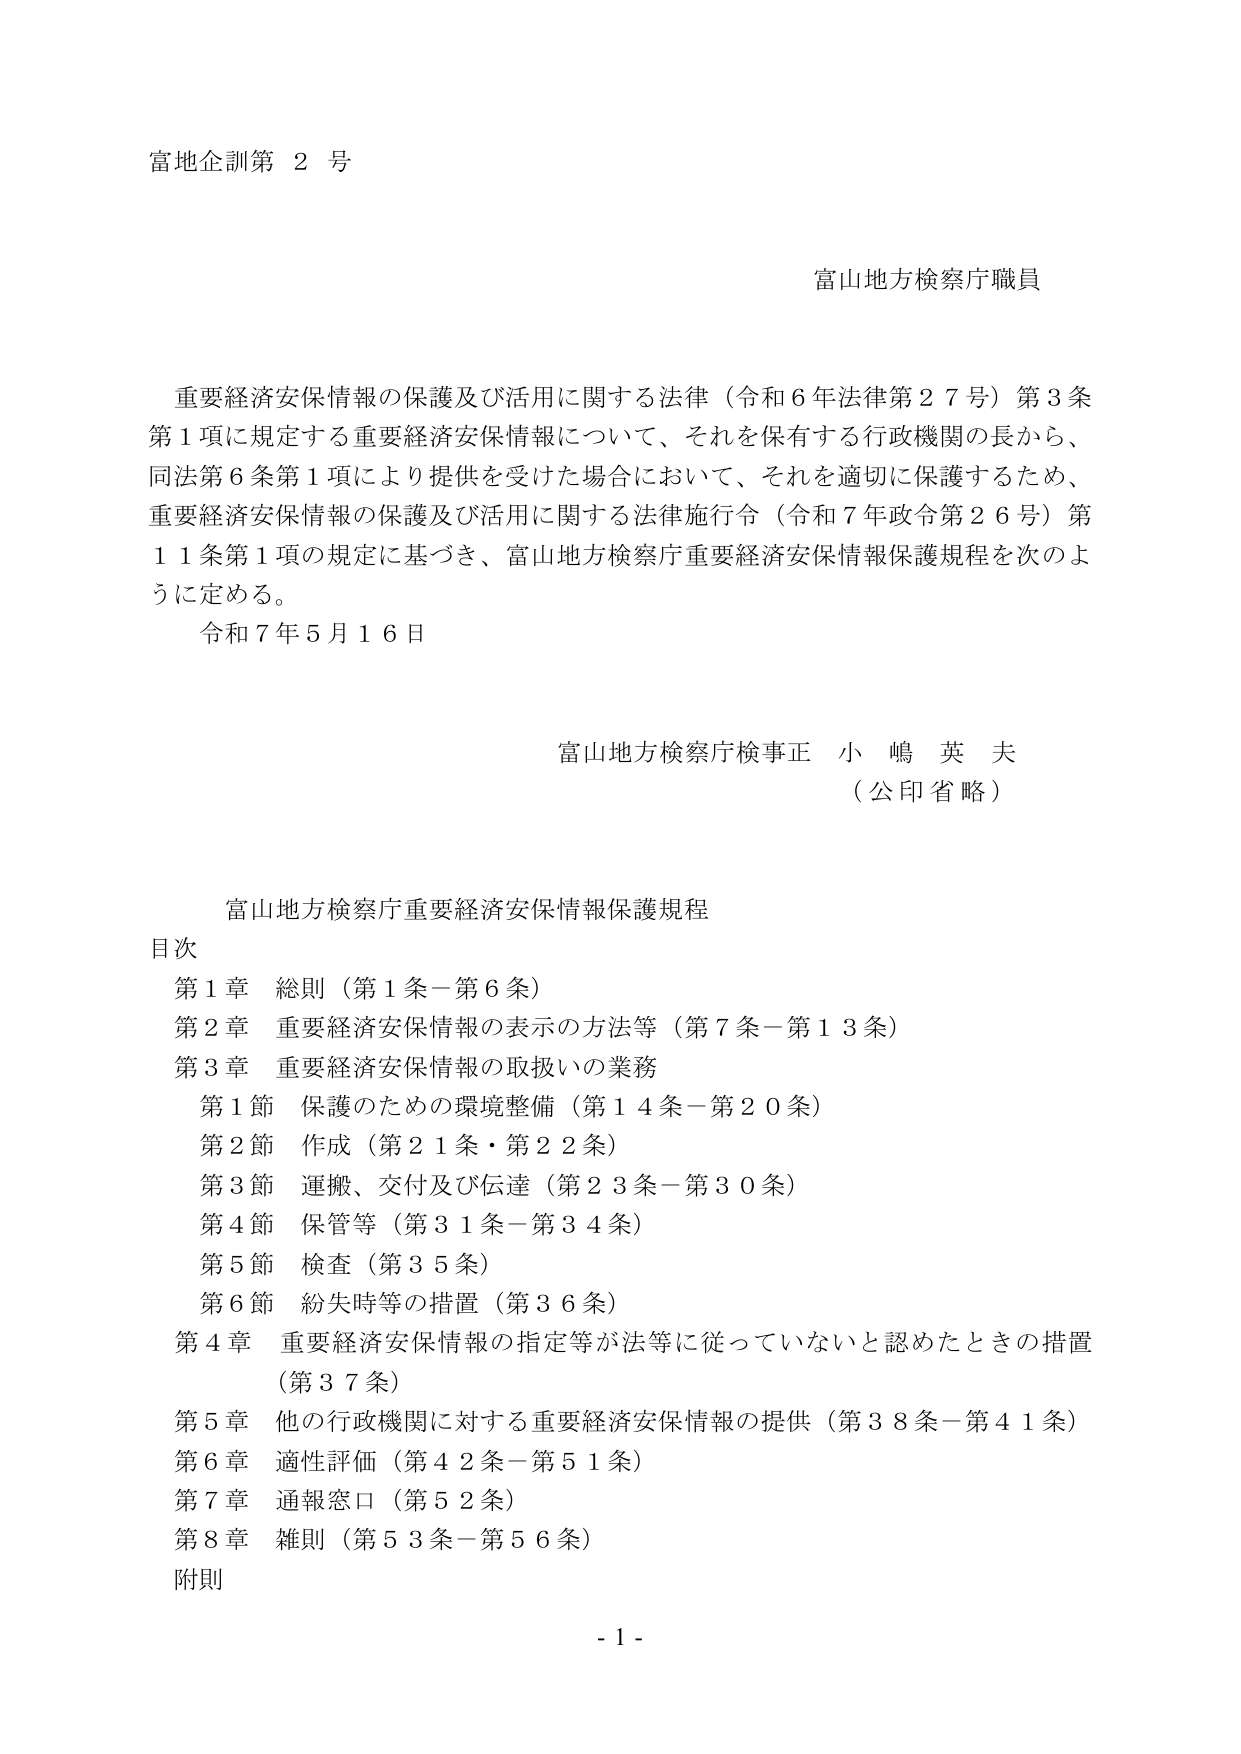
富地企訓第 2 号

富山地方検察庁職員

重要経済安保情報の保護及び活用に関する法律（令和６年法律第２７号）第３条第１項に規定する重要経済安保情報について、それを保有する行政機関の長から、同法第６条第１項により提供を受けた場合において、それを適切に保護するため、重要経済安保情報の保護及び活用に関する法律施行令（令和７年政令第２６号）第１１条第１項の規定に基づき、富山地方検察庁重要経済安保情報保護規程を次のように定める。

令和７年５月１６日

富山地方検察庁検事正 小嶋英夫
（公印省略）

富山地方検察庁重要経済安保情報保護規程

目次
第１章 総則（第１条－第６条）
第２章 重要経済安保情報の表示の方法等（第７条－第１３条）
第３章 重要経済安保情報の取扱いの業務
　第１節 保護のための環境整備（第１４条－第２０条）
　第２節 作成（第２１条・第２２条）
　第３節 運搬、交付及び伝達（第２３条－第３０条）
　第４節 保管等（第３１条－第３４条）
　第５節 検査（第３５条）
　第６節 紛失時等の措置（第３６条）
第４章 重要経済安保情報の指定等が法等に従っていないと認めたときの措置（第３７条）
第５章 他の行政機関に対する重要経済安保情報の提供（第３８条－第４１条）
第６章 適性評価（第４２条－第５１条）
第７章 通報窓口（第５２条）
第８章 雑則（第５３条－第５６条）
附則

- 1 -